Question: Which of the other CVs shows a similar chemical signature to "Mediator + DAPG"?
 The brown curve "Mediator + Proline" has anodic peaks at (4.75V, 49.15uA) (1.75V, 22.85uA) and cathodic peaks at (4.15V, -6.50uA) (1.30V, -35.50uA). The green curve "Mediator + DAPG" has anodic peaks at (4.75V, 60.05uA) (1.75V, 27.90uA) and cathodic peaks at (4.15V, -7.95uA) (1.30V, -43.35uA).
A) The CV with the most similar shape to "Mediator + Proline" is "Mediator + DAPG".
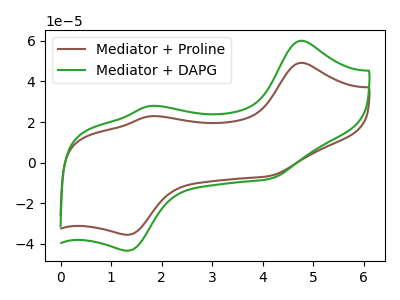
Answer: <think>All the peaks in "Mediator + Proline" have a peak in "Mediator + DAPG" at the same potential. Every peak in "Mediator + Proline" is lower than every peak in "Mediator + DAPG".
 </think>
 <answer>A) The CV with the most similar shape to "Mediator + Proline" is "Mediator + DAPG".</answer>
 <eval>A</eval>